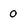
Character: 0